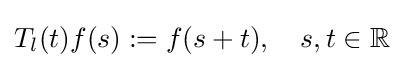
T_{l}(t)f(s):=f(s+t),\quad s,t\in \mathbb {R}